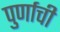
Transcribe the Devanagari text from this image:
पुर्णाची